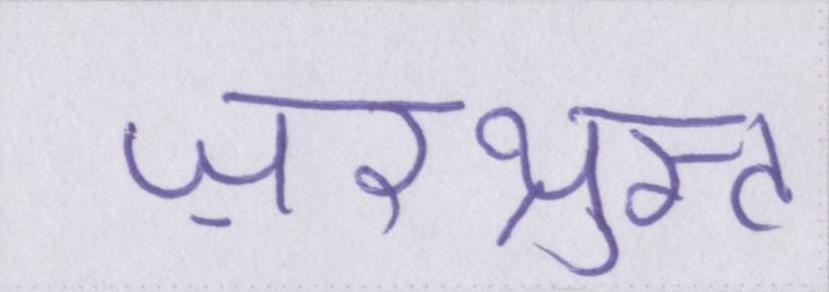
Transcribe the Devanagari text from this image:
ज़रथ्रुस्त